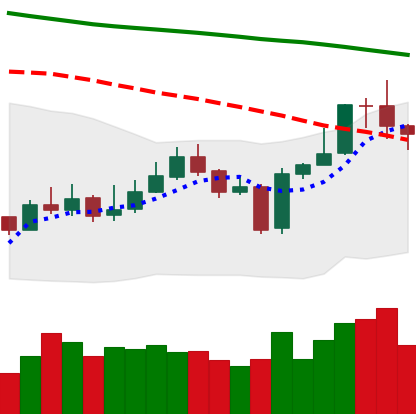
Ticker: EOS-USD
Chart end date: 2020-01-09
Forward return: 38.607%
Label: up_7plus